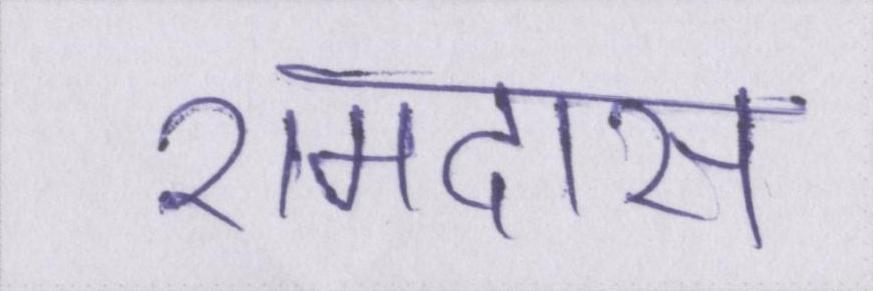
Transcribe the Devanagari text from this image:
रामदास